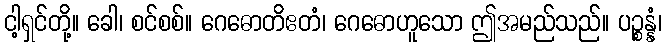
ငါ့ရှင်တို့။ ခေါ၊ စင်စစ်။ ဂေဓောတိဧတံ၊ ဂေဓောဟူသော ဤအမည်သည်။ ပဉ္စန္နံ၊